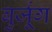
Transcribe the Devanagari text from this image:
बुर्जूग